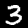
Label: 3